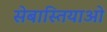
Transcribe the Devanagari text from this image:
सेबास्तियाओ